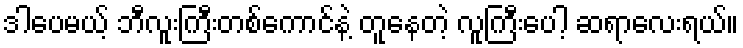
ဒါပေမယ့် ဘီလူးကြီးတစ်ကောင်နဲ့ တူနေတဲ့ လူကြီးပေါ့ ဆရာလေးရယ်။